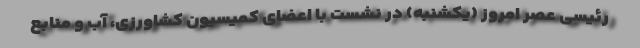
رئیسی عصر امروز (یکشنبه) در نشست با اعضای کمیسیون کشاورزی، آب و منابع